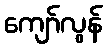
ကျော်လွန်